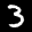
Label: 3